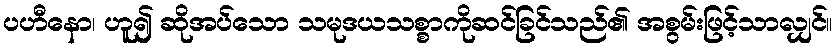
ပဟီနော၊ ဟူ၍ ဆိုအပ်သော သမုဒယသစ္စာကိုဆင်ခြင်သည်၏ အစွမ်းဖြင့်သာလျှင်။